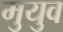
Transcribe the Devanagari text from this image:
मुयुव